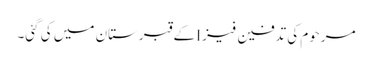
مرحوم کی تدفین فیز Iکے قبرستان میں کی گئی۔